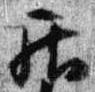
居